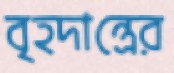
বৃহদান্ত্রের